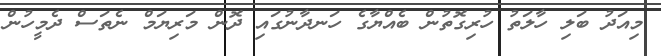
މިއަދު ބަލި ހާލަތު ހުރިގޮތުން ބެއްޔާގެ ހަނދާނުގައި ދޮން މަރިޔަމް ނެތަސް ދެމީހުން